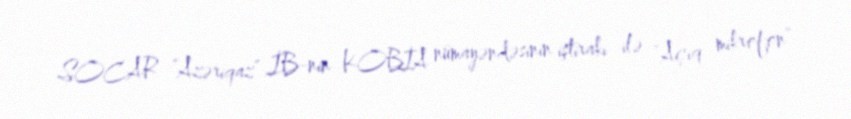
SOCAR “Azəriqaz” İB-nin KOBİA nümayəndəsinin iştirakı ilə “Açıq mikrofon”